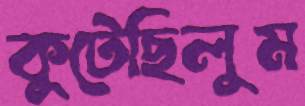
কুটেছিলুম